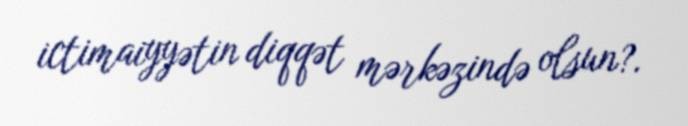
ictimaiyyətin diqqət mərkəzində olsun?.